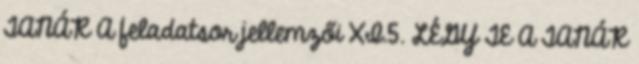
TANÁR A feladatsor jellemzői XI.5. LÉGY TE A TANÁR